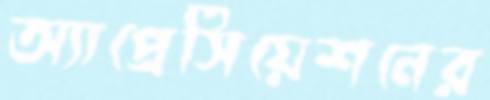
অ্যাপ্রেসিয়েশনের